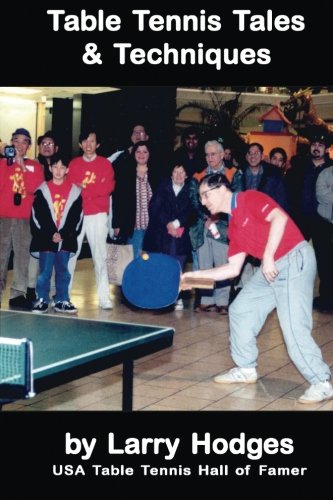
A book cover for Table Tennis Tales and Techniques; Larry Hodges; Sports & Outdoors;